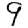
Digit: 9